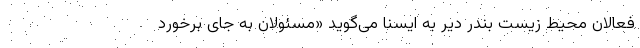
فعالان محیط زیست بندر دیّر به ایسنا می‌گوید «مسئولان به جای برخورد